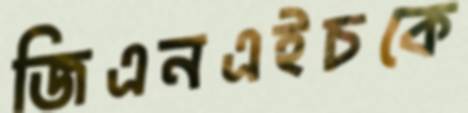
জিএনএইচকে